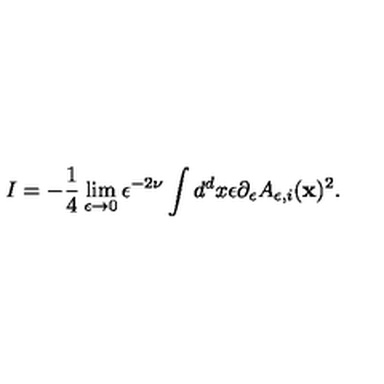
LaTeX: I = - { \frac { 1 } { 4 } } \lim _ { \epsilon \to 0 } \epsilon ^ { - 2 \nu } \int d ^ { d } x \epsilon \partial _ { \epsilon } A _ { \epsilon , i } ( { \bf x } ) ^ { 2 } .